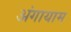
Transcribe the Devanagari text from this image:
अंगायाम